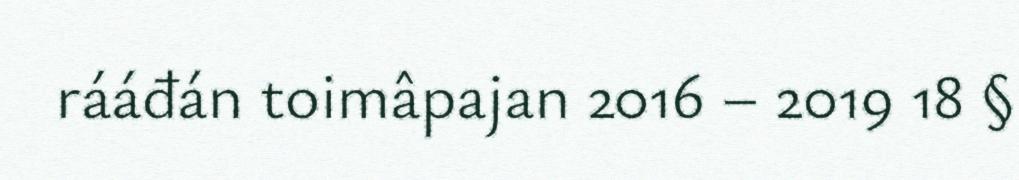
rááđán toimâpajan 2016 – 2019 18 §